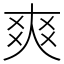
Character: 爽